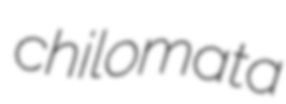
chilomata